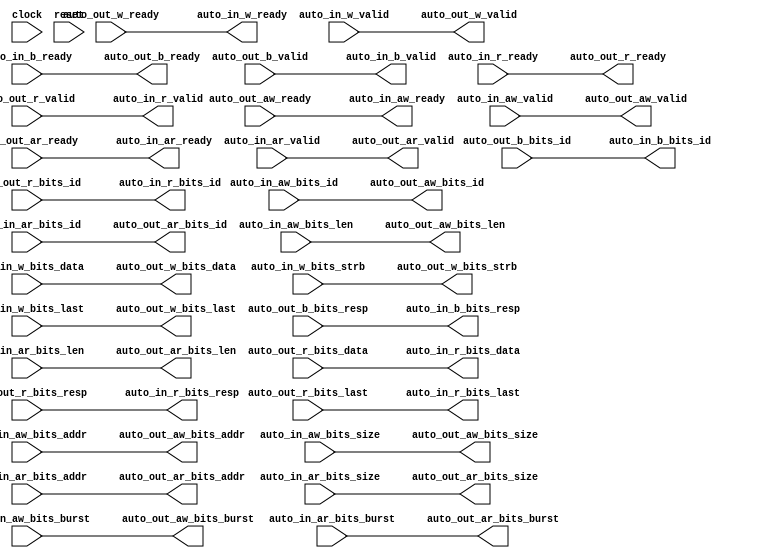
module AXI4Xbar( // @[:freechips.rocketchip.system.DefaultRV32Config.fir@228677.2]
  input         clock, // @[:freechips.rocketchip.system.DefaultRV32Config.fir@228678.4]
  input         reset, // @[:freechips.rocketchip.system.DefaultRV32Config.fir@228679.4]
  output        auto_in_aw_ready, // @[:freechips.rocketchip.system.DefaultRV32Config.fir@228680.4]
  input         auto_in_aw_valid, // @[:freechips.rocketchip.system.DefaultRV32Config.fir@228680.4]
  input  [3:0]  auto_in_aw_bits_id, // @[:freechips.rocketchip.system.DefaultRV32Config.fir@228680.4]
  input  [27:0] auto_in_aw_bits_addr, // @[:freechips.rocketchip.system.DefaultRV32Config.fir@228680.4]
  input  [7:0]  auto_in_aw_bits_len, // @[:freechips.rocketchip.system.DefaultRV32Config.fir@228680.4]
  input  [2:0]  auto_in_aw_bits_size, // @[:freechips.rocketchip.system.DefaultRV32Config.fir@228680.4]
  input  [1:0]  auto_in_aw_bits_burst, // @[:freechips.rocketchip.system.DefaultRV32Config.fir@228680.4]
  output        auto_in_w_ready, // @[:freechips.rocketchip.system.DefaultRV32Config.fir@228680.4]
  input         auto_in_w_valid, // @[:freechips.rocketchip.system.DefaultRV32Config.fir@228680.4]
  input  [31:0] auto_in_w_bits_data, // @[:freechips.rocketchip.system.DefaultRV32Config.fir@228680.4]
  input  [3:0]  auto_in_w_bits_strb, // @[:freechips.rocketchip.system.DefaultRV32Config.fir@228680.4]
  input         auto_in_w_bits_last, // @[:freechips.rocketchip.system.DefaultRV32Config.fir@228680.4]
  input         auto_in_b_ready, // @[:freechips.rocketchip.system.DefaultRV32Config.fir@228680.4]
  output        auto_in_b_valid, // @[:freechips.rocketchip.system.DefaultRV32Config.fir@228680.4]
  output [3:0]  auto_in_b_bits_id, // @[:freechips.rocketchip.system.DefaultRV32Config.fir@228680.4]
  output [1:0]  auto_in_b_bits_resp, // @[:freechips.rocketchip.system.DefaultRV32Config.fir@228680.4]
  output        auto_in_ar_ready, // @[:freechips.rocketchip.system.DefaultRV32Config.fir@228680.4]
  input         auto_in_ar_valid, // @[:freechips.rocketchip.system.DefaultRV32Config.fir@228680.4]
  input  [3:0]  auto_in_ar_bits_id, // @[:freechips.rocketchip.system.DefaultRV32Config.fir@228680.4]
  input  [27:0] auto_in_ar_bits_addr, // @[:freechips.rocketchip.system.DefaultRV32Config.fir@228680.4]
  input  [7:0]  auto_in_ar_bits_len, // @[:freechips.rocketchip.system.DefaultRV32Config.fir@228680.4]
  input  [2:0]  auto_in_ar_bits_size, // @[:freechips.rocketchip.system.DefaultRV32Config.fir@228680.4]
  input  [1:0]  auto_in_ar_bits_burst, // @[:freechips.rocketchip.system.DefaultRV32Config.fir@228680.4]
  input         auto_in_r_ready, // @[:freechips.rocketchip.system.DefaultRV32Config.fir@228680.4]
  output        auto_in_r_valid, // @[:freechips.rocketchip.system.DefaultRV32Config.fir@228680.4]
  output [3:0]  auto_in_r_bits_id, // @[:freechips.rocketchip.system.DefaultRV32Config.fir@228680.4]
  output [31:0] auto_in_r_bits_data, // @[:freechips.rocketchip.system.DefaultRV32Config.fir@228680.4]
  output [1:0]  auto_in_r_bits_resp, // @[:freechips.rocketchip.system.DefaultRV32Config.fir@228680.4]
  output        auto_in_r_bits_last, // @[:freechips.rocketchip.system.DefaultRV32Config.fir@228680.4]
  input         auto_out_aw_ready, // @[:freechips.rocketchip.system.DefaultRV32Config.fir@228680.4]
  output        auto_out_aw_valid, // @[:freechips.rocketchip.system.DefaultRV32Config.fir@228680.4]
  output [3:0]  auto_out_aw_bits_id, // @[:freechips.rocketchip.system.DefaultRV32Config.fir@228680.4]
  output [27:0] auto_out_aw_bits_addr, // @[:freechips.rocketchip.system.DefaultRV32Config.fir@228680.4]
  output [7:0]  auto_out_aw_bits_len, // @[:freechips.rocketchip.system.DefaultRV32Config.fir@228680.4]
  output [2:0]  auto_out_aw_bits_size, // @[:freechips.rocketchip.system.DefaultRV32Config.fir@228680.4]
  output [1:0]  auto_out_aw_bits_burst, // @[:freechips.rocketchip.system.DefaultRV32Config.fir@228680.4]
  input         auto_out_w_ready, // @[:freechips.rocketchip.system.DefaultRV32Config.fir@228680.4]
  output        auto_out_w_valid, // @[:freechips.rocketchip.system.DefaultRV32Config.fir@228680.4]
  output [31:0] auto_out_w_bits_data, // @[:freechips.rocketchip.system.DefaultRV32Config.fir@228680.4]
  output [3:0]  auto_out_w_bits_strb, // @[:freechips.rocketchip.system.DefaultRV32Config.fir@228680.4]
  output        auto_out_w_bits_last, // @[:freechips.rocketchip.system.DefaultRV32Config.fir@228680.4]
  output        auto_out_b_ready, // @[:freechips.rocketchip.system.DefaultRV32Config.fir@228680.4]
  input         auto_out_b_valid, // @[:freechips.rocketchip.system.DefaultRV32Config.fir@228680.4]
  input  [3:0]  auto_out_b_bits_id, // @[:freechips.rocketchip.system.DefaultRV32Config.fir@228680.4]
  input  [1:0]  auto_out_b_bits_resp, // @[:freechips.rocketchip.system.DefaultRV32Config.fir@228680.4]
  input         auto_out_ar_ready, // @[:freechips.rocketchip.system.DefaultRV32Config.fir@228680.4]
  output        auto_out_ar_valid, // @[:freechips.rocketchip.system.DefaultRV32Config.fir@228680.4]
  output [3:0]  auto_out_ar_bits_id, // @[:freechips.rocketchip.system.DefaultRV32Config.fir@228680.4]
  output [27:0] auto_out_ar_bits_addr, // @[:freechips.rocketchip.system.DefaultRV32Config.fir@228680.4]
  output [7:0]  auto_out_ar_bits_len, // @[:freechips.rocketchip.system.DefaultRV32Config.fir@228680.4]
  output [2:0]  auto_out_ar_bits_size, // @[:freechips.rocketchip.system.DefaultRV32Config.fir@228680.4]
  output [1:0]  auto_out_ar_bits_burst, // @[:freechips.rocketchip.system.DefaultRV32Config.fir@228680.4]
  output        auto_out_r_ready, // @[:freechips.rocketchip.system.DefaultRV32Config.fir@228680.4]
  input         auto_out_r_valid, // @[:freechips.rocketchip.system.DefaultRV32Config.fir@228680.4]
  input  [3:0]  auto_out_r_bits_id, // @[:freechips.rocketchip.system.DefaultRV32Config.fir@228680.4]
  input  [31:0] auto_out_r_bits_data, // @[:freechips.rocketchip.system.DefaultRV32Config.fir@228680.4]
  input  [1:0]  auto_out_r_bits_resp, // @[:freechips.rocketchip.system.DefaultRV32Config.fir@228680.4]
  input         auto_out_r_bits_last // @[:freechips.rocketchip.system.DefaultRV32Config.fir@228680.4]
);
  wire  _T_44; // @[Xbar.scala 260:60:freechips.rocketchip.system.DefaultRV32Config.fir@228880.4]
  wire  _T_50; // @[Xbar.scala 262:23:freechips.rocketchip.system.DefaultRV32Config.fir@228890.4]
  wire  _T_52; // @[Xbar.scala 262:12:freechips.rocketchip.system.DefaultRV32Config.fir@228892.4]
  wire  _T_53; // @[Xbar.scala 262:12:freechips.rocketchip.system.DefaultRV32Config.fir@228893.4]
  wire  _T_65; // @[Xbar.scala 260:60:freechips.rocketchip.system.DefaultRV32Config.fir@228934.4]
  wire  _T_71; // @[Xbar.scala 262:23:freechips.rocketchip.system.DefaultRV32Config.fir@228944.4]
  wire  _T_73; // @[Xbar.scala 262:12:freechips.rocketchip.system.DefaultRV32Config.fir@228946.4]
  wire  _T_74; // @[Xbar.scala 262:12:freechips.rocketchip.system.DefaultRV32Config.fir@228947.4]
  wire  _T_88; // @[Xbar.scala 260:60:freechips.rocketchip.system.DefaultRV32Config.fir@228994.4]
  wire  _T_94; // @[Xbar.scala 262:23:freechips.rocketchip.system.DefaultRV32Config.fir@229004.4]
  wire  _T_96; // @[Xbar.scala 262:12:freechips.rocketchip.system.DefaultRV32Config.fir@229006.4]
  wire  _T_97; // @[Xbar.scala 262:12:freechips.rocketchip.system.DefaultRV32Config.fir@229007.4]
  wire  _T_109; // @[Xbar.scala 260:60:freechips.rocketchip.system.DefaultRV32Config.fir@229042.4]
  wire  _T_115; // @[Xbar.scala 262:23:freechips.rocketchip.system.DefaultRV32Config.fir@229052.4]
  wire  _T_117; // @[Xbar.scala 262:12:freechips.rocketchip.system.DefaultRV32Config.fir@229054.4]
  wire  _T_118; // @[Xbar.scala 262:12:freechips.rocketchip.system.DefaultRV32Config.fir@229055.4]
  assign _T_44 = ~auto_in_aw_valid; // @[Xbar.scala 260:60:freechips.rocketchip.system.DefaultRV32Config.fir@228880.4]
  assign _T_50 = _T_44 | auto_in_aw_valid; // @[Xbar.scala 262:23:freechips.rocketchip.system.DefaultRV32Config.fir@228890.4]
  assign _T_52 = _T_50 | reset; // @[Xbar.scala 262:12:freechips.rocketchip.system.DefaultRV32Config.fir@228892.4]
  assign _T_53 = ~_T_52; // @[Xbar.scala 262:12:freechips.rocketchip.system.DefaultRV32Config.fir@228893.4]
  assign _T_65 = ~auto_in_ar_valid; // @[Xbar.scala 260:60:freechips.rocketchip.system.DefaultRV32Config.fir@228934.4]
  assign _T_71 = _T_65 | auto_in_ar_valid; // @[Xbar.scala 262:23:freechips.rocketchip.system.DefaultRV32Config.fir@228944.4]
  assign _T_73 = _T_71 | reset; // @[Xbar.scala 262:12:freechips.rocketchip.system.DefaultRV32Config.fir@228946.4]
  assign _T_74 = ~_T_73; // @[Xbar.scala 262:12:freechips.rocketchip.system.DefaultRV32Config.fir@228947.4]
  assign _T_88 = ~auto_out_r_valid; // @[Xbar.scala 260:60:freechips.rocketchip.system.DefaultRV32Config.fir@228994.4]
  assign _T_94 = _T_88 | auto_out_r_valid; // @[Xbar.scala 262:23:freechips.rocketchip.system.DefaultRV32Config.fir@229004.4]
  assign _T_96 = _T_94 | reset; // @[Xbar.scala 262:12:freechips.rocketchip.system.DefaultRV32Config.fir@229006.4]
  assign _T_97 = ~_T_96; // @[Xbar.scala 262:12:freechips.rocketchip.system.DefaultRV32Config.fir@229007.4]
  assign _T_109 = ~auto_out_b_valid; // @[Xbar.scala 260:60:freechips.rocketchip.system.DefaultRV32Config.fir@229042.4]
  assign _T_115 = _T_109 | auto_out_b_valid; // @[Xbar.scala 262:23:freechips.rocketchip.system.DefaultRV32Config.fir@229052.4]
  assign _T_117 = _T_115 | reset; // @[Xbar.scala 262:12:freechips.rocketchip.system.DefaultRV32Config.fir@229054.4]
  assign _T_118 = ~_T_117; // @[Xbar.scala 262:12:freechips.rocketchip.system.DefaultRV32Config.fir@229055.4]
  assign auto_in_aw_ready = auto_out_aw_ready; // @[LazyModule.scala 303:16:freechips.rocketchip.system.DefaultRV32Config.fir@228690.4]
  assign auto_in_w_ready = auto_out_w_ready; // @[LazyModule.scala 303:16:freechips.rocketchip.system.DefaultRV32Config.fir@228690.4]
  assign auto_in_b_valid = auto_out_b_valid; // @[LazyModule.scala 303:16:freechips.rocketchip.system.DefaultRV32Config.fir@228690.4]
  assign auto_in_b_bits_id = auto_out_b_bits_id; // @[LazyModule.scala 303:16:freechips.rocketchip.system.DefaultRV32Config.fir@228690.4]
  assign auto_in_b_bits_resp = auto_out_b_bits_resp; // @[LazyModule.scala 303:16:freechips.rocketchip.system.DefaultRV32Config.fir@228690.4]
  assign auto_in_ar_ready = auto_out_ar_ready; // @[LazyModule.scala 303:16:freechips.rocketchip.system.DefaultRV32Config.fir@228690.4]
  assign auto_in_r_valid = auto_out_r_valid; // @[LazyModule.scala 303:16:freechips.rocketchip.system.DefaultRV32Config.fir@228690.4]
  assign auto_in_r_bits_id = auto_out_r_bits_id; // @[LazyModule.scala 303:16:freechips.rocketchip.system.DefaultRV32Config.fir@228690.4]
  assign auto_in_r_bits_data = auto_out_r_bits_data; // @[LazyModule.scala 303:16:freechips.rocketchip.system.DefaultRV32Config.fir@228690.4]
  assign auto_in_r_bits_resp = auto_out_r_bits_resp; // @[LazyModule.scala 303:16:freechips.rocketchip.system.DefaultRV32Config.fir@228690.4]
  assign auto_in_r_bits_last = auto_out_r_bits_last; // @[LazyModule.scala 303:16:freechips.rocketchip.system.DefaultRV32Config.fir@228690.4]
  assign auto_out_aw_valid = auto_in_aw_valid; // @[LazyModule.scala 305:12:freechips.rocketchip.system.DefaultRV32Config.fir@228689.4]
  assign auto_out_aw_bits_id = auto_in_aw_bits_id; // @[LazyModule.scala 305:12:freechips.rocketchip.system.DefaultRV32Config.fir@228689.4]
  assign auto_out_aw_bits_addr = auto_in_aw_bits_addr; // @[LazyModule.scala 305:12:freechips.rocketchip.system.DefaultRV32Config.fir@228689.4]
  assign auto_out_aw_bits_len = auto_in_aw_bits_len; // @[LazyModule.scala 305:12:freechips.rocketchip.system.DefaultRV32Config.fir@228689.4]
  assign auto_out_aw_bits_size = auto_in_aw_bits_size; // @[LazyModule.scala 305:12:freechips.rocketchip.system.DefaultRV32Config.fir@228689.4]
  assign auto_out_aw_bits_burst = auto_in_aw_bits_burst; // @[LazyModule.scala 305:12:freechips.rocketchip.system.DefaultRV32Config.fir@228689.4]
  assign auto_out_w_valid = auto_in_w_valid; // @[LazyModule.scala 305:12:freechips.rocketchip.system.DefaultRV32Config.fir@228689.4]
  assign auto_out_w_bits_data = auto_in_w_bits_data; // @[LazyModule.scala 305:12:freechips.rocketchip.system.DefaultRV32Config.fir@228689.4]
  assign auto_out_w_bits_strb = auto_in_w_bits_strb; // @[LazyModule.scala 305:12:freechips.rocketchip.system.DefaultRV32Config.fir@228689.4]
  assign auto_out_w_bits_last = auto_in_w_bits_last; // @[LazyModule.scala 305:12:freechips.rocketchip.system.DefaultRV32Config.fir@228689.4]
  assign auto_out_b_ready = auto_in_b_ready; // @[LazyModule.scala 305:12:freechips.rocketchip.system.DefaultRV32Config.fir@228689.4]
  assign auto_out_ar_valid = auto_in_ar_valid; // @[LazyModule.scala 305:12:freechips.rocketchip.system.DefaultRV32Config.fir@228689.4]
  assign auto_out_ar_bits_id = auto_in_ar_bits_id; // @[LazyModule.scala 305:12:freechips.rocketchip.system.DefaultRV32Config.fir@228689.4]
  assign auto_out_ar_bits_addr = auto_in_ar_bits_addr; // @[LazyModule.scala 305:12:freechips.rocketchip.system.DefaultRV32Config.fir@228689.4]
  assign auto_out_ar_bits_len = auto_in_ar_bits_len; // @[LazyModule.scala 305:12:freechips.rocketchip.system.DefaultRV32Config.fir@228689.4]
  assign auto_out_ar_bits_size = auto_in_ar_bits_size; // @[LazyModule.scala 305:12:freechips.rocketchip.system.DefaultRV32Config.fir@228689.4]
  assign auto_out_ar_bits_burst = auto_in_ar_bits_burst; // @[LazyModule.scala 305:12:freechips.rocketchip.system.DefaultRV32Config.fir@228689.4]
  assign auto_out_r_ready = auto_in_r_ready; // @[LazyModule.scala 305:12:freechips.rocketchip.system.DefaultRV32Config.fir@228689.4]
  always @(posedge clock) begin
    `ifndef SYNTHESIS
    `ifdef PRINTF_COND
      if (`PRINTF_COND) begin
    `endif
        if (_T_53) begin
          $fwrite(32'h80000002,"Assertion failed\n    at Xbar.scala:262 assert (!anyValid || winner.reduce(_||_))\n"); // @[Xbar.scala 262:12:freechips.rocketchip.system.DefaultRV32Config.fir@228895.6]
        end
    `ifdef PRINTF_COND
      end
    `endif
    `endif // SYNTHESIS
    `ifndef SYNTHESIS
    `ifdef STOP_COND
      if (`STOP_COND) begin
    `endif
        if (_T_53) begin
          $fatal; // @[Xbar.scala 262:12:freechips.rocketchip.system.DefaultRV32Config.fir@228896.6]
        end
    `ifdef STOP_COND
      end
    `endif
    `endif // SYNTHESIS
    `ifndef SYNTHESIS
    `ifdef PRINTF_COND
      if (`PRINTF_COND) begin
    `endif
        if (_T_74) begin
          $fwrite(32'h80000002,"Assertion failed\n    at Xbar.scala:262 assert (!anyValid || winner.reduce(_||_))\n"); // @[Xbar.scala 262:12:freechips.rocketchip.system.DefaultRV32Config.fir@228949.6]
        end
    `ifdef PRINTF_COND
      end
    `endif
    `endif // SYNTHESIS
    `ifndef SYNTHESIS
    `ifdef STOP_COND
      if (`STOP_COND) begin
    `endif
        if (_T_74) begin
          $fatal; // @[Xbar.scala 262:12:freechips.rocketchip.system.DefaultRV32Config.fir@228950.6]
        end
    `ifdef STOP_COND
      end
    `endif
    `endif // SYNTHESIS
    `ifndef SYNTHESIS
    `ifdef PRINTF_COND
      if (`PRINTF_COND) begin
    `endif
        if (_T_97) begin
          $fwrite(32'h80000002,"Assertion failed\n    at Xbar.scala:262 assert (!anyValid || winner.reduce(_||_))\n"); // @[Xbar.scala 262:12:freechips.rocketchip.system.DefaultRV32Config.fir@229009.6]
        end
    `ifdef PRINTF_COND
      end
    `endif
    `endif // SYNTHESIS
    `ifndef SYNTHESIS
    `ifdef STOP_COND
      if (`STOP_COND) begin
    `endif
        if (_T_97) begin
          $fatal; // @[Xbar.scala 262:12:freechips.rocketchip.system.DefaultRV32Config.fir@229010.6]
        end
    `ifdef STOP_COND
      end
    `endif
    `endif // SYNTHESIS
    `ifndef SYNTHESIS
    `ifdef PRINTF_COND
      if (`PRINTF_COND) begin
    `endif
        if (_T_118) begin
          $fwrite(32'h80000002,"Assertion failed\n    at Xbar.scala:262 assert (!anyValid || winner.reduce(_||_))\n"); // @[Xbar.scala 262:12:freechips.rocketchip.system.DefaultRV32Config.fir@229057.6]
        end
    `ifdef PRINTF_COND
      end
    `endif
    `endif // SYNTHESIS
    `ifndef SYNTHESIS
    `ifdef STOP_COND
      if (`STOP_COND) begin
    `endif
        if (_T_118) begin
          $fatal; // @[Xbar.scala 262:12:freechips.rocketchip.system.DefaultRV32Config.fir@229058.6]
        end
    `ifdef STOP_COND
      end
    `endif
    `endif // SYNTHESIS
  end
endmodule